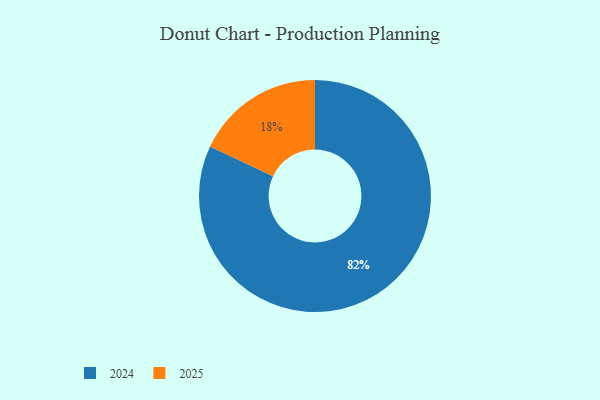
{"axis": {"x": "Category", "y": "Percentage"}, "legend": ["2024", "2025"], "data": [{"x": "2024", "y": 82, "type": "2024"}, {"x": "2025", "y": 18, "type": "2025"}]}